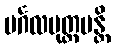
မင်္ဂလမုတ္တမန္တိ